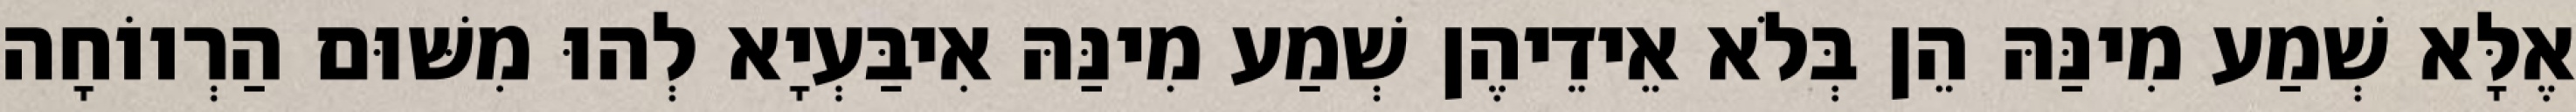
אֶלָּא שְׁמַע מִינַּהּ הֵן בְּלֹא אֵידֵיהֶן שְׁמַע מִינַּהּ אִיבַּעְיָא לְהוּ מִשּׁוּם הַרְווֹחָה